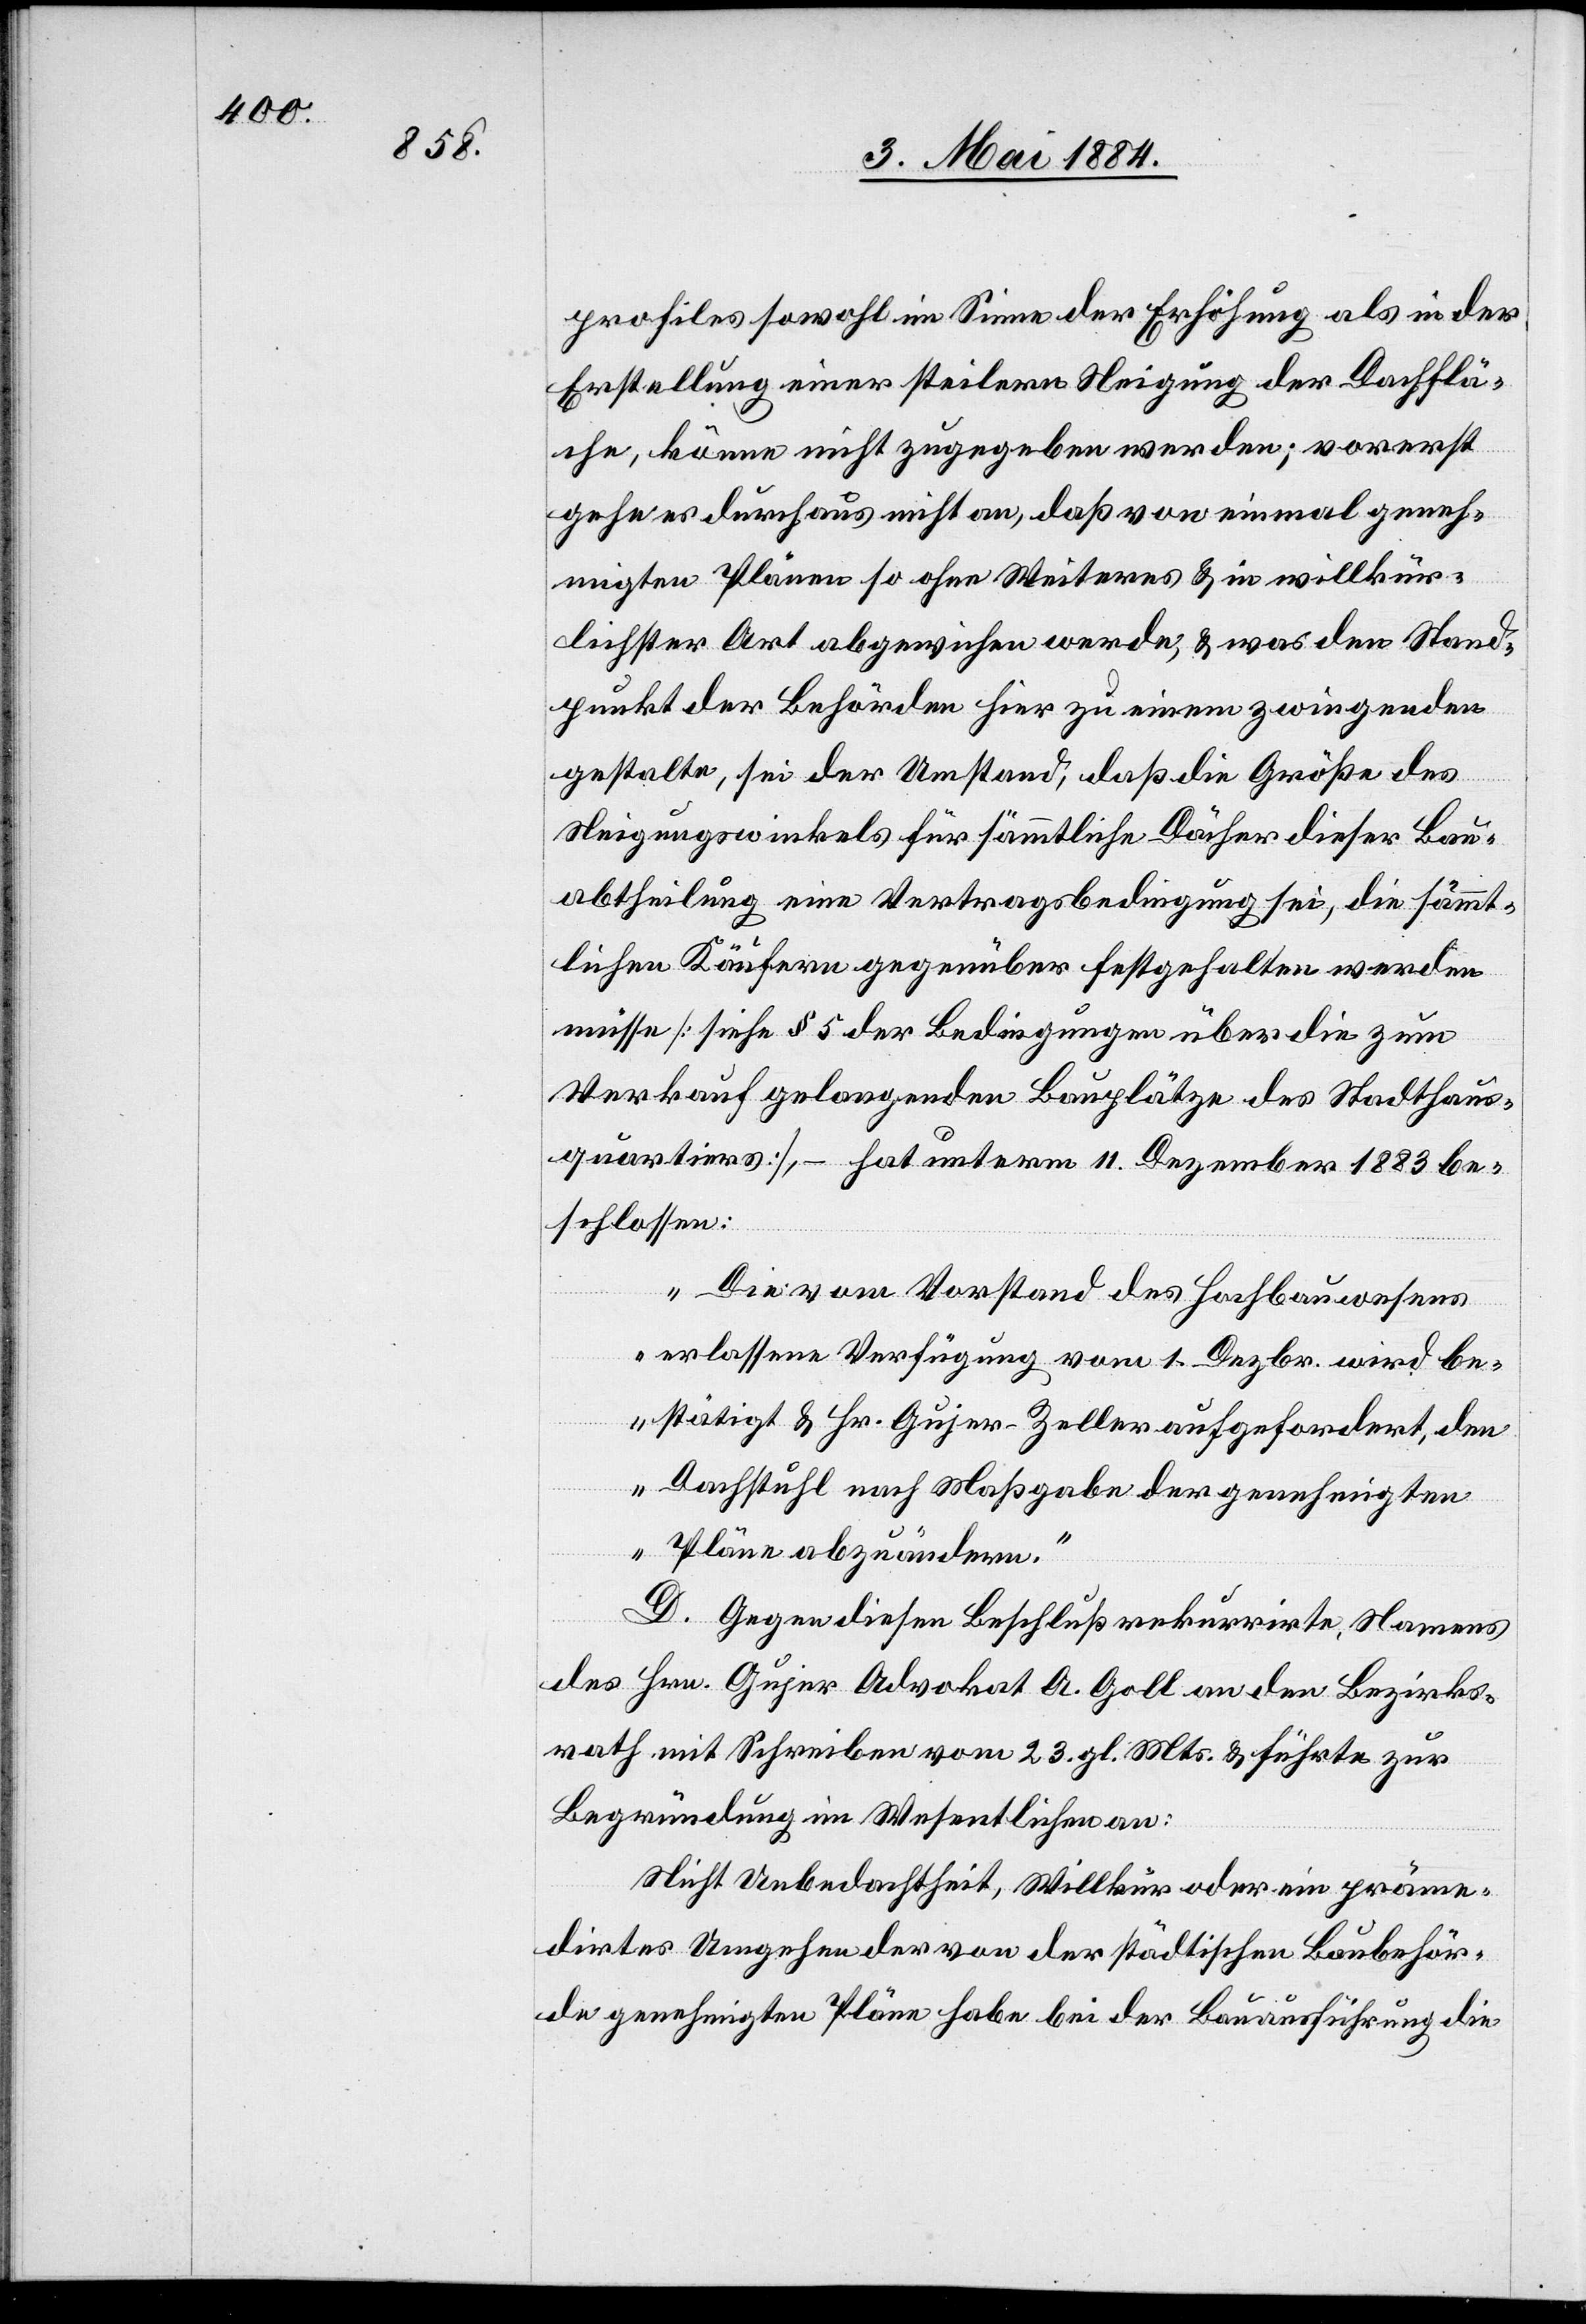
profiles sowohl im Sinne der Erhöhung als in der
Erstellung einer steilern Neigung der Dachflä¬
che, könne nicht zugegeben werden; vorerst
gehe es durchaus nicht an, daß von einmal geneh¬
migten Plänen so ohne Weiteres & in willkür¬
lichster Art abgewichen werde, & was den Stand¬
punkt der Behörden hier zu einem zwingenden
gestalte, sei der Umstand, daß die Größe des
Steigungswinkels für sämmtliche Dächer dieser Bau¬
abtheilung eine Vertragsbedingung sei, die sämmt¬
lichen Käufern gegenüber festgehalten werden
müsse [siehe § 5 der Bedingungen über die zum
Verkauf gelangenden Bauplätze des Stadthaus¬
quartiers], – hat unterm 11. Dezember 1883 be¬
schlossen:
„Die vom Vorstand des Hochbauwesens
erlassene Verfügung vom 1. Dezbr. wird be¬
stätigt & Hr. Gujer-Zeller aufgefordert, den
Dachstuhl nach Maßgabe der genehmigten
Pläne abzuändern.“
D. Gegen diesen Beschluß rekurrirte Namens
des Hrn. Gujer Advokat A. Goll an den Bezirks¬
rath mit Schreiben vom 23. gl. Mts. & führte zur
Begründung im Wesentlichen an:
Nicht Unbedachtheit, Willkür oder ein präme¬
dirtes Umgehen der von der städtischen Baubehör¬
de genehmigten Pläne habe bei der Bauausführung die